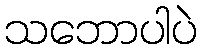
သဘောပါပဲ